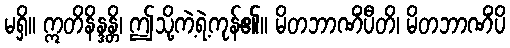
မရှိ။ ဣတိနိန္ဒန္တိ၊ ဤသို့ကဲ့ရဲ့ကုန်၏။ မိတဘာဏိံပီတိ၊ မိတဘာဏိံပိ